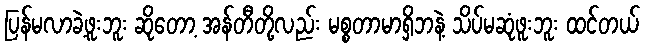
ပြန်မလာခဲ့ဖူးဘူး ဆိုတော့ အန်တီတို့လည်း မစ္စတာမာရှိဘနဲ့ သိပ်မဆုံဖူးဘူး ထင်တယ်